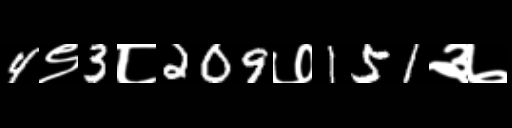
Text: 4९3८209७151३७